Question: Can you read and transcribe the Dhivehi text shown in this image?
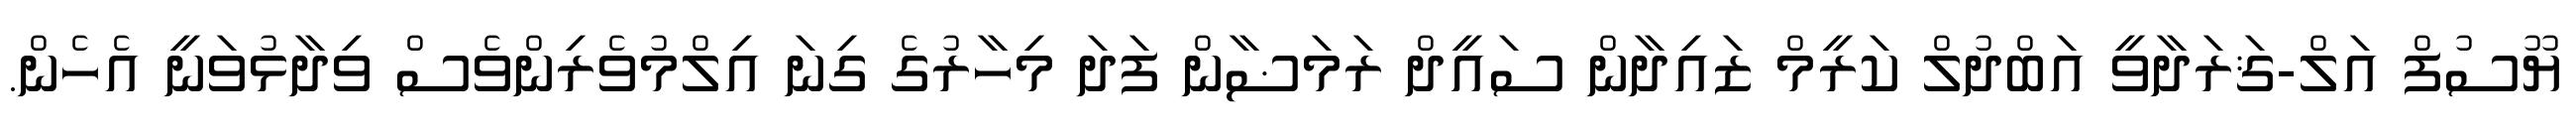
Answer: ޔޫސުފް އަލް-ޤަރަދާވީ އަބްދުލް ކަރީމް ޒައިދާން ސައީދް ރަމަޟާން ފަދަ މިހާރުގެ ގިނަ އިލްމުވެރިންވެސް ވިދާޅުވަނީ އެހެން.